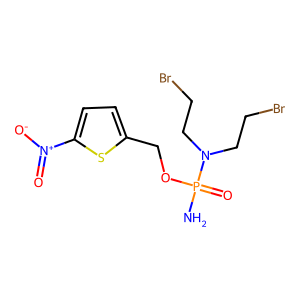
SMILES: NP(=O)(OCc1ccc([N+](=O)[O-])s1)N(CCBr)CCBr
Inhibits HIV replication: No